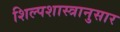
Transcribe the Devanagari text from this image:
शिल्पशास्त्रानुसार